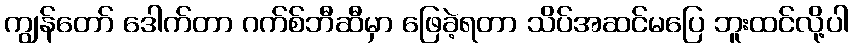
ကျွန်တော် ဒေါက်တာ ဂက်စ်ဘီဆီမှာ ဖြေခဲ့ရတာ သိပ်အဆင်မပြေ ဘူးထင်လို့ပါ